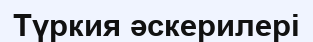
Түркия әскерилері